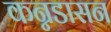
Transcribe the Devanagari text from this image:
कन्नडासन